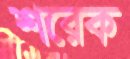
শরেক